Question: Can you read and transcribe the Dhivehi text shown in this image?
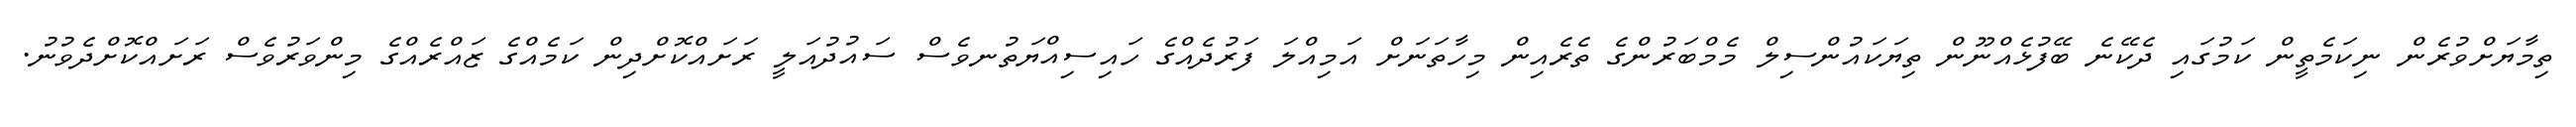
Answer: ތިމާޔަށްވުރެން ނިކަމެތީން ކަމުގައި ދެކޭނެ ބޭފުޅެއްނޫން ތިޔަކައުންސިލް މެމްބަރުންގެ ތެރެއިން މިހާތަނަށް އަމިއްލަ ފަރުދެއްގެ ހައިސިއްޔަތުނވެސް ސައުދުއަލީ ރަށައްކޮށްދިން ކަމެއްގެ ޒައްރެއްގެ މިންވަރުވެސް ރަށައްކޮށްދެވުނު.